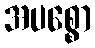
အပစ္စော